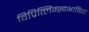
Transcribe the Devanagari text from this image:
विप्रित्लिंग्स्वभावियों